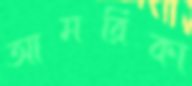
আমরিকা